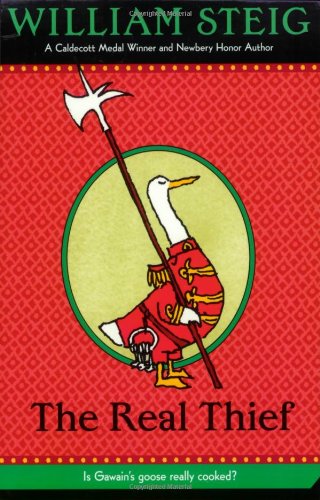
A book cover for The Real Thief; William Steig; Children's Books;